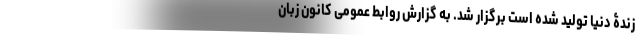
زندۀ دنیا تولید شده است برگزار شد. به گزارش روابط عمومی کانون زبان